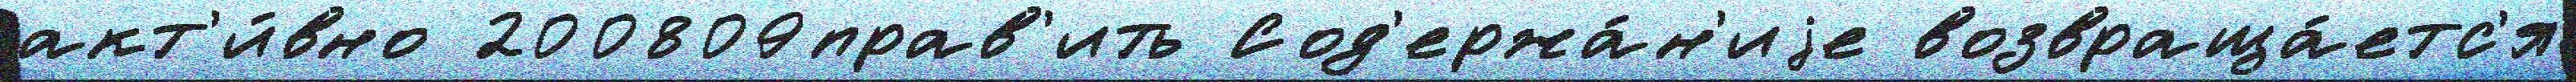
акт'и́вно 200809прав'ить Сод'ержа́н'иjе возвраща́етс'я